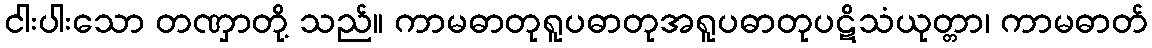
ငါးပါးသော တဏှာတို့ သည်။ ကာမဓာတုရူပဓာတုအရူပဓာတုပဋိသံယုတ္တာ၊ ကာမဓာတ်